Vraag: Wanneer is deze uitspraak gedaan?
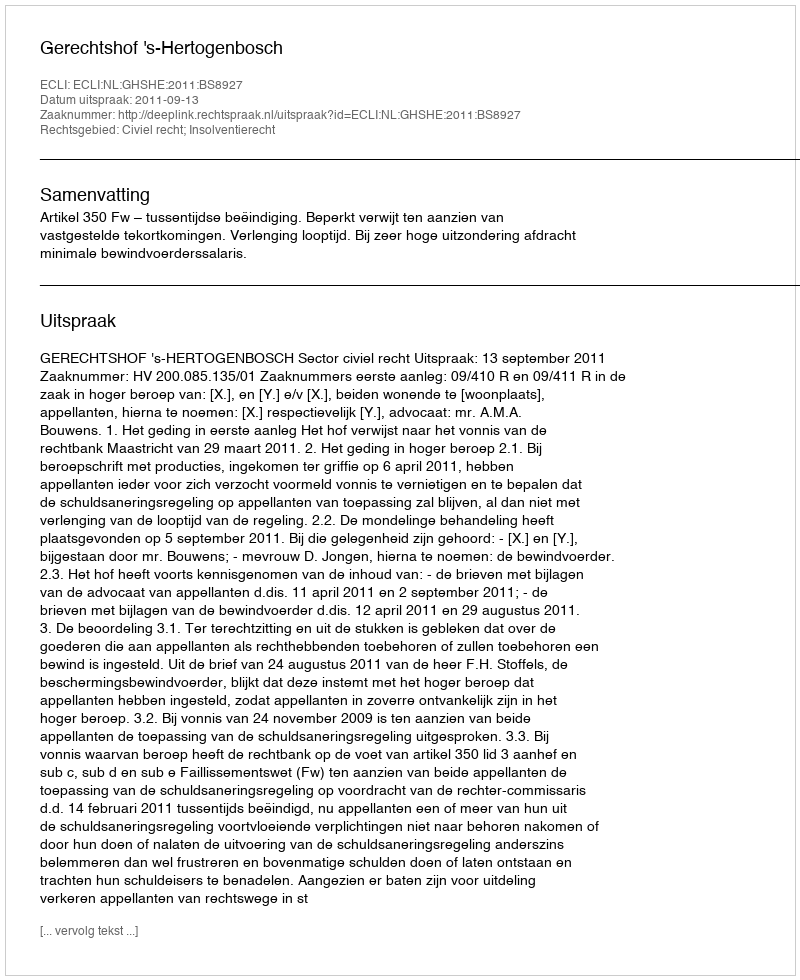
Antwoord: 2011-09-13